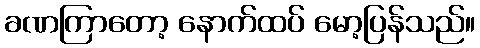
ခဏကြာတော့ နောက်ထပ် မော့ပြန်သည်။